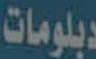
دبلومات